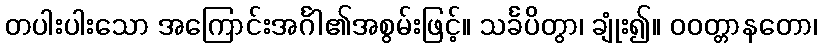
တပါးပါးသော အကြောင်းအင်္ဂါ၏အစွမ်းဖြင့်။ သင်္ခပိတွာ၊ ချုံး၍။ ဝဝတ္တာနတော၊